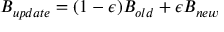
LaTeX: B _ { u p d a t e } = ( 1 - \epsilon ) B _ { o l d } + \epsilon B _ { n e w }